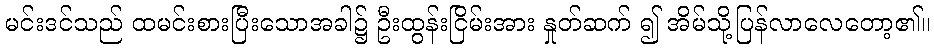
မင်းဒင်သည် ထမင်းစားပြီးသောအခါ၌ ဦးထွန်းငြိမ်းအား နှုတ်ဆက် ၍ အိမ်သို့ပြန်လာလေတော့၏။